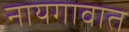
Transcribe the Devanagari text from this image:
नायगावात